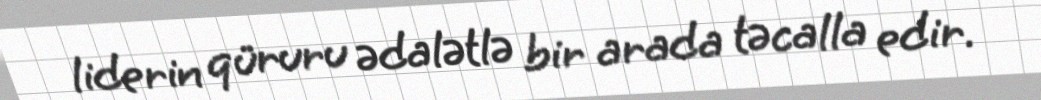
liderin qüruru ədalətlə bir arada təcalla edir.